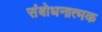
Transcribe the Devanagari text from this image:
संबोधनात्मक